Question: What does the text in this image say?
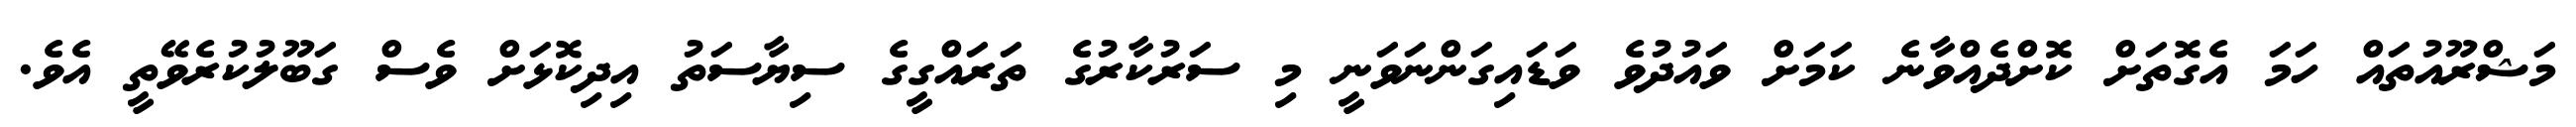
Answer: މަޝްރޫއުތައް ހަމަ އެގޮތަށް ކޮށްދެއްވާނެ ކަމަށް ވައުދުވެ ވަޑައިގަންނަވަނީ މި ސަރުކާރުގެ ތަރައްގީގެ ސިޔާސަތު އިދިކޮޅަށް ވެސް ގަބޫލުކުރެވޭތީ އެވެ.